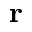
\textbf { r }